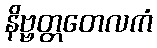
နိဗ္ဗတ္တတေလကံ